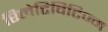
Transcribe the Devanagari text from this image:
रिलेटिविटिज्म